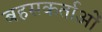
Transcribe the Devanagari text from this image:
बहसकर्ताओं